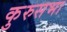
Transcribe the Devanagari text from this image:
कुरुसभा